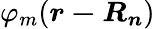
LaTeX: \varphi_{m}({\boldsymbol{r-R_{n}}})